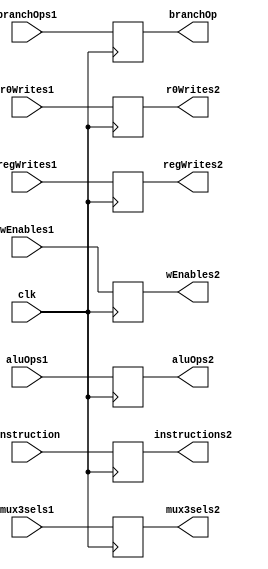
module buffer1(instruction, branchOps1, aluOps1, mux3sels1, r0Writes1, regWrites1, wEnables1,
				instructions2, branchOp, aluOps2, mux3sels2, r0Writes2, regWrites2, wEnables2, 
				clk);
	input[15:0] instruction;
	input[1:0] branchOps1;
	input[3:0] aluOps1;
	input mux3sels1, r0Writes1, regWrites1, wEnables1;
	input clk;
	
	output reg [15:0] instructions2;
	output reg [1:0] branchOp;
	output reg [3:0] aluOps2;
	output reg mux3sels2, r0Writes2, regWrites2, wEnables2;
	
	always@(posedge clk)
	begin
		instructions2 <= instruction;
		branchOp <= branchOps1;
		aluOps2 <= aluOps1;
		mux3sels2 <= mux3sels1;
		r0Writes2 <= r0Writes1;
		regWrites2 <= regWrites1;
		wEnables2 <= wEnables1;
		
		
	end
endmodule